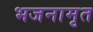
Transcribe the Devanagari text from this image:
भजनामृत